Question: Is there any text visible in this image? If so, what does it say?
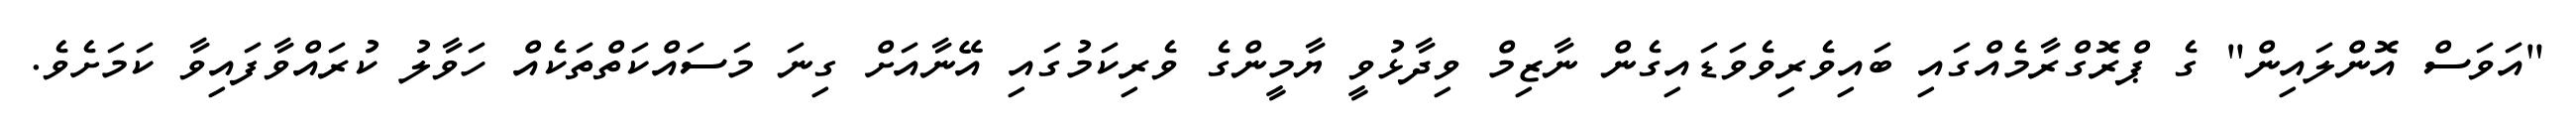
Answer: "އަވަސް އޮންލައިން" ގެ ޕްރޮގްރާމެއްގައި ބައިވެރިވެވަޑައިގެން ނާޒިމް ވިދާޅުވީ ޔާމީންގެ ވެރިކަމުގައި އޭނާއަށް ގިނަ މަސައްކަތްތަކެއް ހަވާލު ކުރައްވާފައިވާ ކަމަށެވެ.